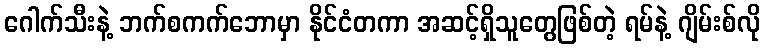
ဂေါက်သီးနဲ့ ဘက်စကက်ဘောမှာ နိုင်ငံတကာ အဆင့်ရှိသူတွေဖြစ်တဲ့ ရမ်နဲ့ ဂျိမ်းစ်လို